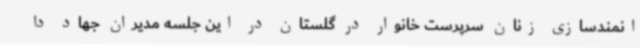
انمندسازی زنان سرپرست خانوار در گلستان در این جلسه مدیران جهاد دا